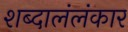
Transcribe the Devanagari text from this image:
शब्दालंलंकार